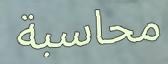
محاسبة